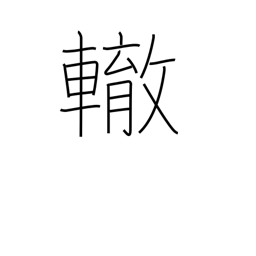
Meaning: wheel track